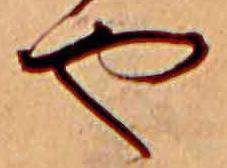
や